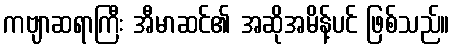
ကဗျာဆရာကြီး အီမာဆင်၏ အဆိုအမိန့်ပင် ဖြစ်သည်။